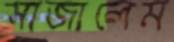
সাজালেম